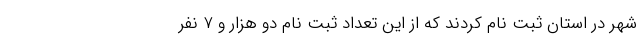
شهر در استان ثبت نام کردند که از این تعداد ثبت نام دو هزار و ۷ نفر